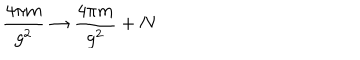
LaTeX: { \frac { 4 \pi m } { g ^ { 2 } } } \rightarrow { \frac { 4 \pi m } { g ^ { 2 } } } + N